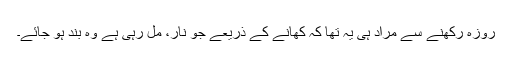
روزہ رکھنے سے مراد ہی یہ تھا کہ کھانے کے ذریعے جو نار، مل رہی ہے وہ بند ہو جائے۔